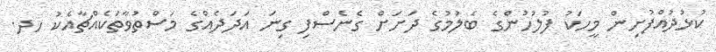
ކުޅުދުއްފުށިން މީހަކު ފުލުހުންގެ ބެލުމުގެ ދަަށަަށް ގެނެސްފި ގިނަ އަދަދެއްގެ މަސްތުވާތަކެއްޗާއެކު ހދ.